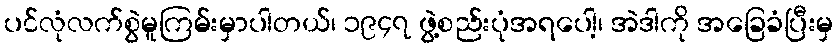
ပင်လုံလက်စွဲမူကြမ်းမှာပါတယ်၊ ၁၉၄၇ ဖွဲ့စည်းပုံအရပေါ့၊ အဲဒါကို အခြေခံပြီးမှ